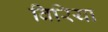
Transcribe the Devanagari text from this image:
विरिया